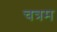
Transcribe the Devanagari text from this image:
चत्रम